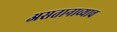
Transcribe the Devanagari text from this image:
असतानाच्याच